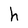
Character: h